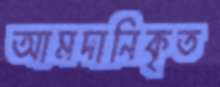
আমদানিকৃত